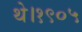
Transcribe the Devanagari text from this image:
थे।१९०५